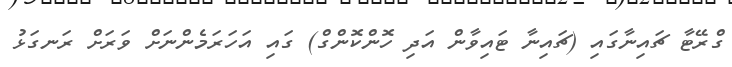
ގްރޭޓާ ޗައިނާގައި (ޗައިނާ ޓައިވާން އަދި ހޮންކޮންގް) ގައި އަހަރަމެންނަށް ވަރަށް ރަނގަޅު